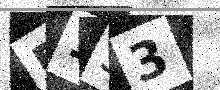
Text: P133